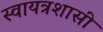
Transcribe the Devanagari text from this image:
स्वायत्रशासी